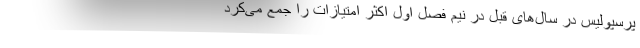
پرسپولیس در سال‌های قبل در نیم فصل اول اکثر امتیازات را جمع می‌کرد